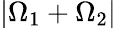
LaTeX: |\Omega_{1}+\Omega_{2}|